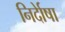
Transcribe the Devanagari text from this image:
निर्देाषा